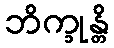
ဘိက္ခုန္တိ